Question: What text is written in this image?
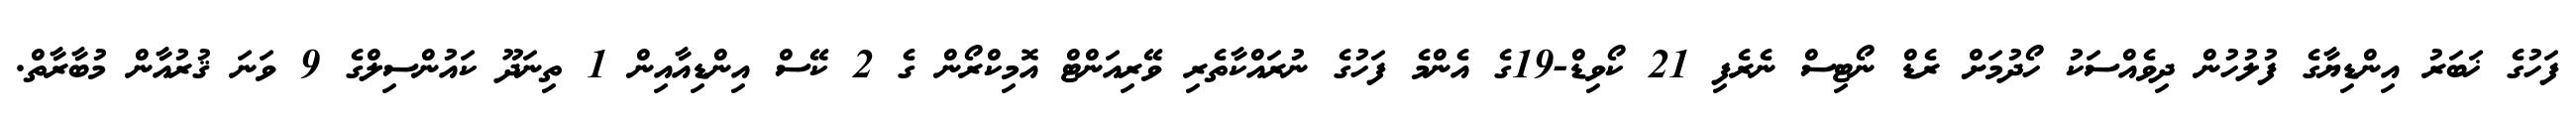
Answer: ފަހުގެ ޚަބަރު އިންޑިޔާގެ ފުލުހުން ދިވެއްސަކު ހޯދުމަށް ރެޑް ނޯޓިސް ނެރެފި 21 ކޯވިޑް-19ގެ އެންމެ ފަހުގެ ނުރައްކާތެރި ވޭރިއަންޓް އޮމިކްރޯން ގެ 2 ކޭސް އިންޑިއާއިން 1 ތިނަދޫ ކައުންސިލްގެ 9 ވަނަ ޤުރުއާން މުބާރާތް.